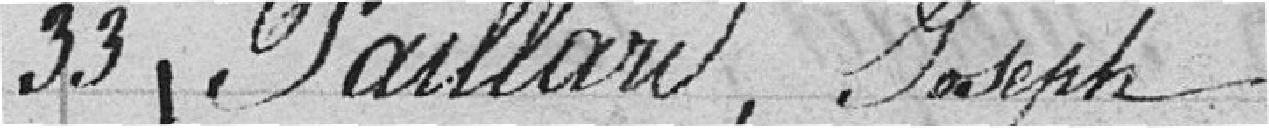
33 Paillard, Joseph